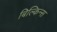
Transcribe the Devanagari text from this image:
बिल्किन्स